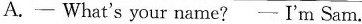
A.- What's your name? - I'm Sam.